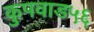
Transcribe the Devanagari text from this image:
कुपवाड५६